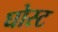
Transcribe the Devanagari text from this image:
घोस्‍ट